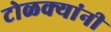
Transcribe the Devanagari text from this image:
टोळक्यांनी